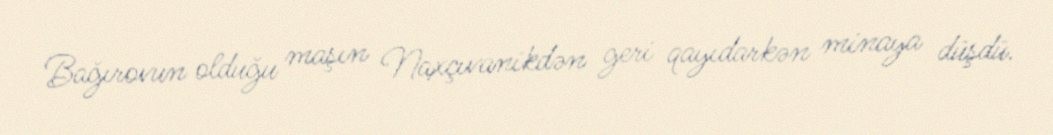
Bağırovun olduğu maşın Naxçıvanikdən geri qayıdarkən minaya düşdü.